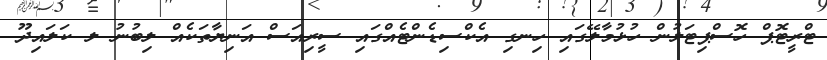
ޓްރީޓޮޕް ހޮސްޕިޓަލުން ހުޅުމާލޭގައި ހިނގި އެކްސިޑެންޓެއްގައި ސީރިއަސް އަނިޔާތަކެއް ލިބުނު ލ ކަލައިދޫ